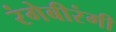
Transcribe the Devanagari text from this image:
रंगेबीरंगी